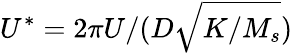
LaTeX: U^{*}=2\pi U/(D\sqrt{K/M_{s}})